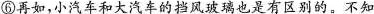
⑥再如，小汽车和大汽车的挡风玻璃也是有区别的。不知